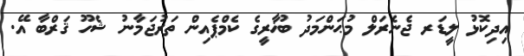
އިދިކޮޅު ލީޑަރ ޖެނެރަލް މުޙަންމަދު ބުޚާރީގެ ކެމްޕެއިން ތަރުޖަމާނު ޝެހޫ ޤަރްބާ އޭ.